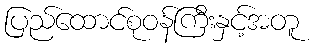
ပြည်ထောင်စုဝန်ကြီးနှင့်အတူ